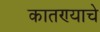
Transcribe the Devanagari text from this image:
कातण्याचे